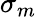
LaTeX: \sigma_{m}